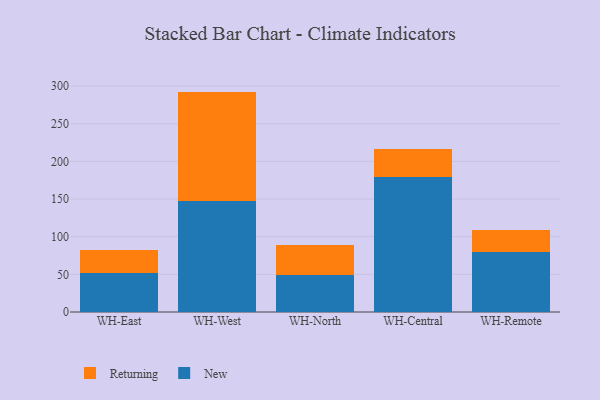
{"axis": {"x": "Warehouse", "y": "Production Output"}, "legend": ["New", "Returning"], "data": [{"x": "WH-East", "y": 52.3, "type": "New"}, {"x": "WH-East", "y": 30.1, "type": "Returning"}, {"x": "WH-West", "y": 146.8, "type": "New"}, {"x": "WH-West", "y": 145.9, "type": "Returning"}, {"x": "WH-North", "y": 48.9, "type": "New"}, {"x": "WH-North", "y": 39.6, "type": "Returning"}, {"x": "WH-Central", "y": 178.8, "type": "New"}, {"x": "WH-Central", "y": 37.6, "type": "Returning"}, {"x": "WH-Remote", "y": 79.2, "type": "New"}, {"x": "WH-Remote", "y": 29.8, "type": "Returning"}]}